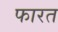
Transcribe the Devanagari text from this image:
फारत